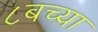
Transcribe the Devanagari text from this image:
८बच्या